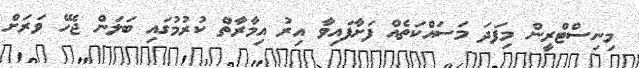
މިނިސްޓްރީން މިފަދަ މަސައްކަތެއް ފަށާފައިވާ އިރު އިމާރާތް ކުރުމުގައި ބަލަން ޖެހޭ ވަރަށް